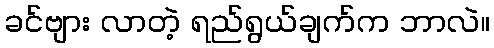
ခင်ဗျား လာတဲ့ ရည်ရွယ်ချက်က ဘာလဲ။